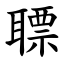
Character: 䏇